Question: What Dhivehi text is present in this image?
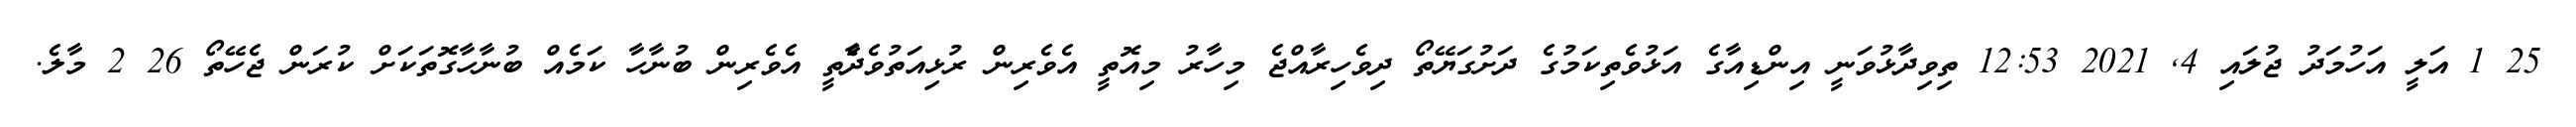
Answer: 25 1 އަލީ އަހުމަދު ޖުލައި 4, 2021 12:53 ތިވިދާޅުވަނީ އިންޑިއާގެ އަޅުވެތިކަމުގެ ދަށުގަޔޭތޯ ދިވެހިރާއްޖެ މިހާރު މިއޮތީ އެވެރިން ރުޅިއަތުވެދާެތީ އެވެރިން ބުނާހާ ކަމެއް ބުނާހާގޮތަކަށް ކުރަން ޖެހޭތޯ 26 2 މާލެ.